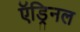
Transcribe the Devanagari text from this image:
ऍड्रिनल